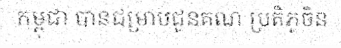
កម្ពុជា បានជម្រាបជូនគណៈប្រតិភូចិន